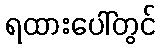
ရထားပေါ်တွင်